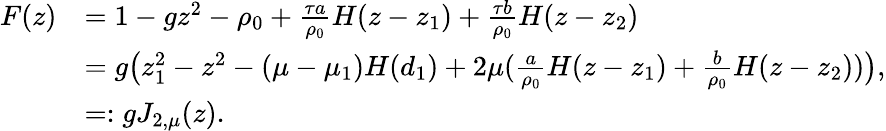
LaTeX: \begin{array}{rl}{F(z)}&{=1-gz^{2}-\rho_{0}+\frac{\tau a}{\rho_{0}}H(z-z_{1})+\frac{\tau b}{\rho_{0}}H(z-z_{2})}\\ &{=g\big(z_{1}^{2}-z^{2}-(\mu-\mu_{1})H(d_{1})+2\mu(\frac{a}{\rho_{0}}H(z-z_{1})+\frac{b}{\rho_{0}}H(z-z_{2}))\big),}\\ &{=:gJ_{2,\mu}(z).}\end{array}